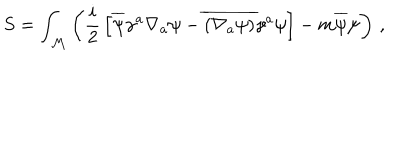
LaTeX: S = \int _ { \mathcal M } \left( { \frac { i } { 2 } } \left[ \overline { { \psi } } \gamma ^ { a } \nabla _ { a } \psi - \overline { { { ( \nabla _ { a } \psi ) } } } \gamma ^ { a } \psi \right] - m \overline { { \psi } } \psi \right) \, ,